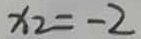
x _ { 2 } = - 2